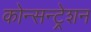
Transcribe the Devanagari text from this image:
कोन्सन्ट्रेशन